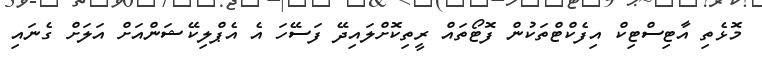
މޮޅެތި އާޓިސްޓިކް އިފެކްޓްތަކުން ފޮޓޯތައް ރީތިކޮށްލައިދޭ ފަސޭހަ އެ އެޕްލިކޭޝަންއަށް އަލަށް ގެނައި